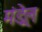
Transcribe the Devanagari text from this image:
मंड्रेल